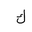
Letter: _kaf